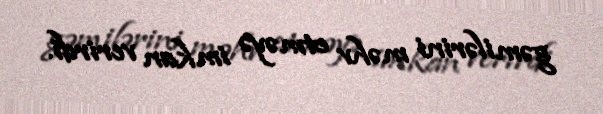
gəmilərini məhv etməyə imkan verirdi.